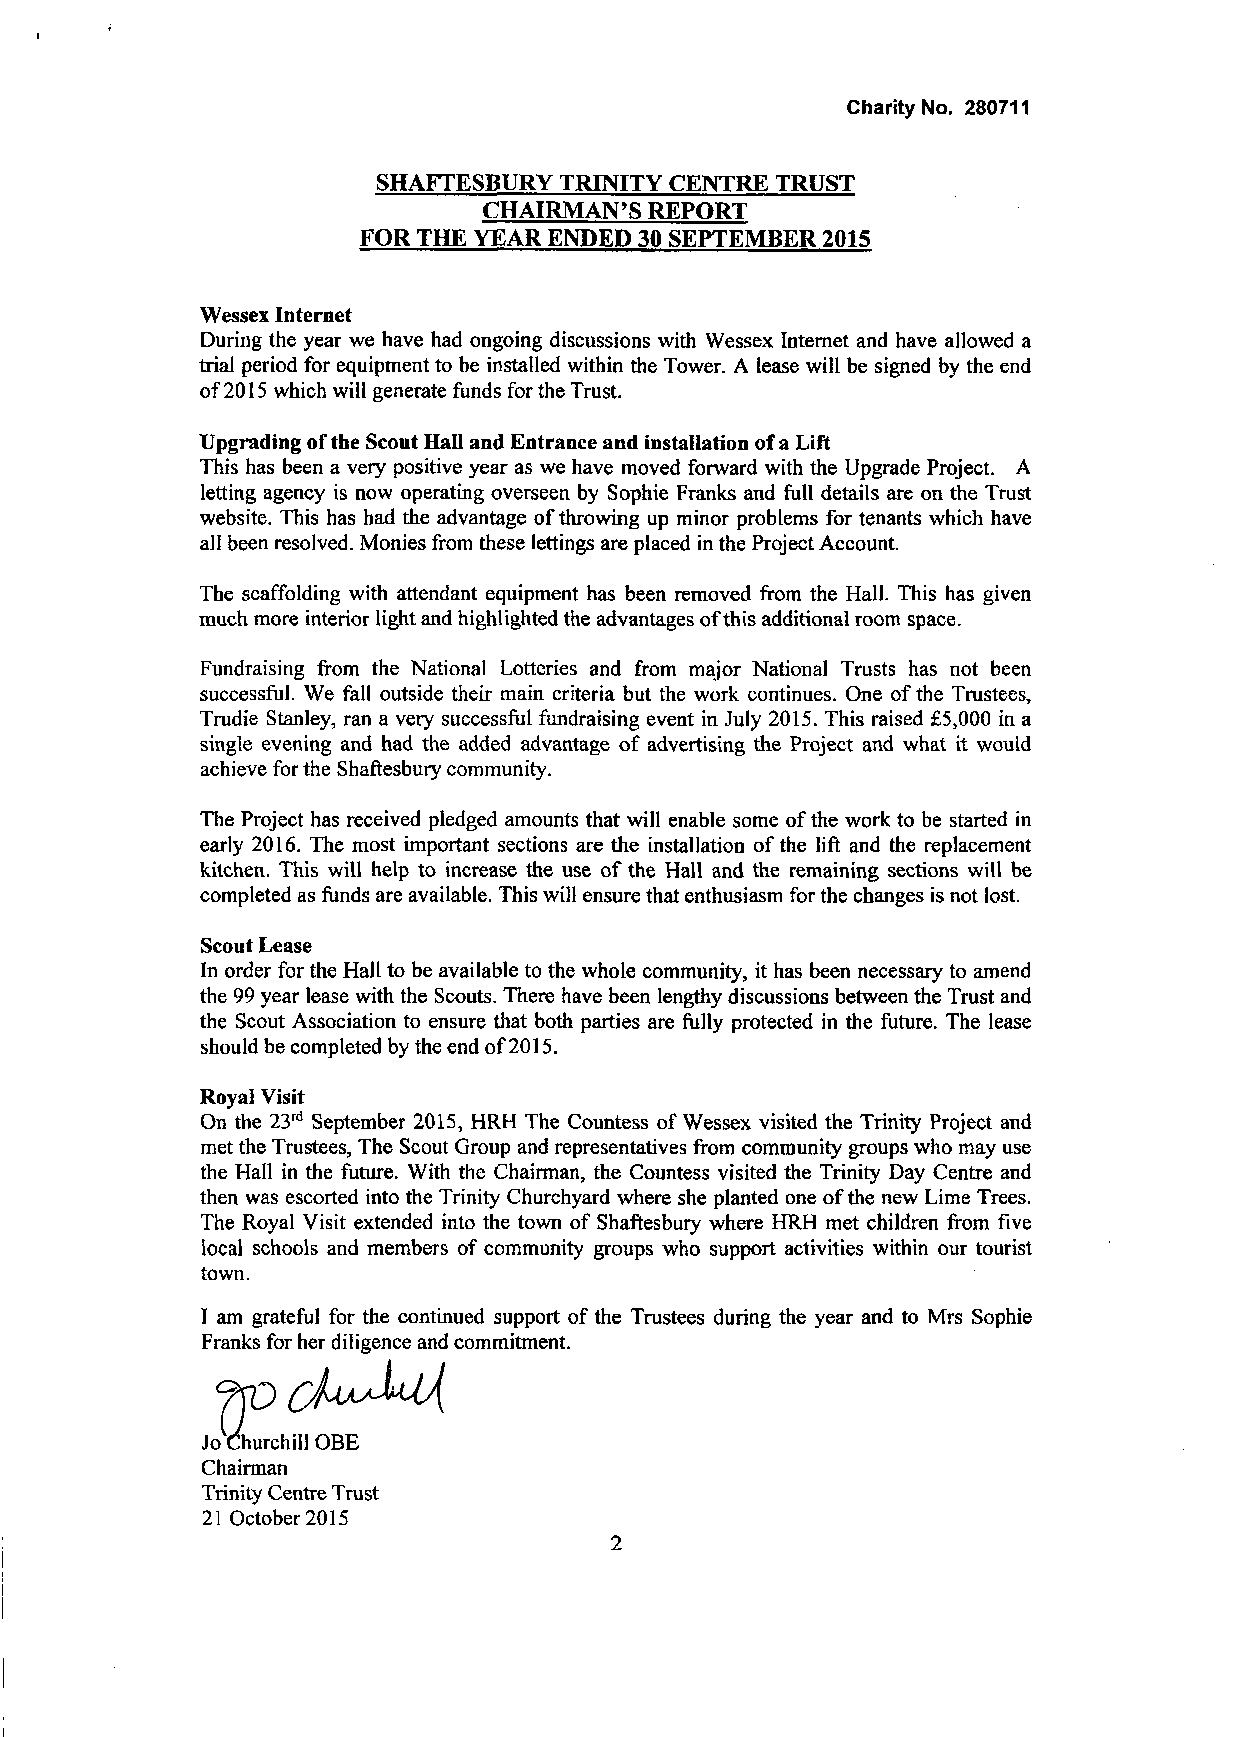
Charity No. 280711
 SHAFTESBURY TRINITY CENTRE TRUST
 CHAIRMAN'S REPORT
 FOR THE YEAR ENDED 30 SEPTEMBER 2015
 Wessex Internet
 During the year we have had ongoing discussions with Wessex Internet and have allowed a
 trial period for equipment to be installed within the Tower. A lease will be signed by the end
 of 2015 which will generate funds for the Trust.
 Upgrading of the Scout Hall and Entrance and installation of a Lift
 This has been a very positive year as we have moved forward with the Upgrade Project. A
 letting agency is now operating overseen, by Sophie Franks and full details are on the Trust
 website. This has had the advantage of throwing up minor problems for tenants which have
 all been resolved. Monies from these lettings are placed in the Project Account.
 The scaffolding with attendant equipment has been removed from the Hall. This has given
 much more interior Hght and highlighted the advantages of this additional room space.
 Fundraising from the National Lotteries and from major National Trusts has not been
 successful. We fall outside their main criteria but the work continues. One of the Trustees,
 Trudie Stanley, ran a very successful fundraising event in July 2015. This raised £5,000 in a
 single evening and had the added advantage of advertising the Project and what it would
 achieve for the Shaftesbury community.
 The Project has received pledged amounts that will enable some of the work to be started in
 early 2016. The most important sections are the installation of the lift and the replacement
 kitchen. This will help to increase the use of the Hall and the remaining sections will be
 completed as funds are available. This will ensure that enthusiasm for the changes is not lost.
 Scout Lease
 In order for the Hall to be available to the whole community, it has been necessary to amend
 the 99 year lease with the Scouts. There have been lengthy discussions between the Trust and
 the Scout Association to ensure that both parties are fully protected in the future. The lease
 should be completed by the end of 2015.
 Royal Visit
 On the 23rd September 2015, HRH The Countess of Wessex visited the Trinity Project and
 met the Trustees, The Scout Group and representatives from community groups who may use
 the Hall in the future. With the Chairman, the Countess visited the Trinity Day Centre and
 then was escorted into the Trinity Churchyard where she planted one of the new Lime Trees.
 The Royal Visit extended into the town of Shaftesbury where HRH met children from five
 local schools and members of community groups who support activities within our tourist
 town.
 I am grateful for the continued support of the Trustees during the year and to Mrs Sophie
 Franks for her diligence and commitment.
 Jo Churchill OBE
 Chairman
 Trinity Centre Trust
 21 October 2015
 2